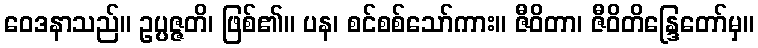
ဝေဒနာသည်။ ဥပ္ပဇ္ဇတိ၊ ဖြစ်၏။ ပန၊ စင်စစ်သော်ကား။ ဇီဝိတာ၊ ဇီဝိတိန္ဒြေတော်မှ။